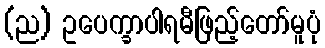
(ည) ဥပေက္ခာပါရမီဖြည့်တော်မူပုံ